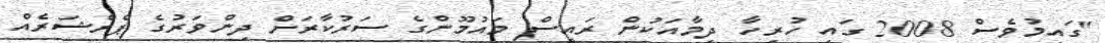
"ގައިމުވެސް 2008 ގައި ހުރިހާ ދިމާއަކުން ރައީސް މައުމޫންގެ ސަރުކާރަށް ދިންވަރުގެ ޕްރެޝަރެއް